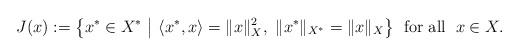
LaTeX: \begin{align*}J(x):=\big\{x^*\in X^*~\big|~\langle x^*,x\rangle=\|x\|_X^2,~\|x^*\|_{X^*}=\|x\|_{X}\big\}\;\mbox{ for all }\;x\in X.\end{align*}